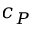
c _ { P }